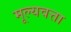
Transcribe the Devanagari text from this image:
मूल्यवत्ता